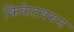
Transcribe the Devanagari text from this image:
क्रिकेटवरुन